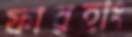
ফারহাং